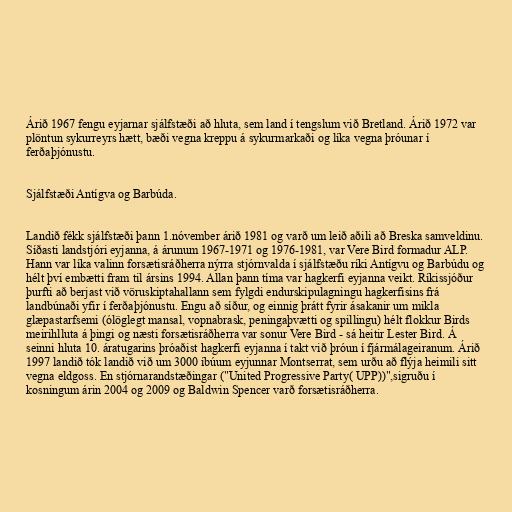
Árið 1967 fengu eyjarnar sjálfstæði að hluta, sem land í tengslum við Bretland. Árið 1972 var
plöntun sykurreyrs hætt, bæði vegna kreppu á sykurmarkaði og líka vegna þróunar í
ferðaþjónustu.

Sjálfstæði Antígva og Barbúda.

Landið fékk sjálfstæði þann 1.nóvember árið 1981 og varð um leið aðili að Breska samveldinu.
Síðasti landstjóri eyjanna, á árunum 1967-1971 og 1976-1981, var Vere Bird formadur ALP.
Hann var líka valinn forsætisráðherra nýrra stjórnvalda í sjálfstæðu ríki Antígvu og Barbúdu og
hélt því embætti fram til ársins 1994. Allan þann tíma var hagkerfi eyjanna veikt. Ríkissjóður
þurfti að berjast við vöruskiptahallann sem fylgdi endurskipulagningu hagkerfisins frá
landbúnaði yfir í ferðaþjónustu. Engu að síður, og einnig þrátt fyrir ásakanir um mikla
glæpastarfsemi (ólöglegt mansal, vopnabrask, peningaþvætti og spillingu) hélt flokkur Birds
meirihlluta á þingi og næsti forsætisráðherra var sonur Vere Bird - sá heitir Lester Bird. Á
seinni hluta 10. áratugarins þróaðist hagkerfi eyjanna í takt við þróun í fjármálageiranum. Árið
1997 landið tók landið við um 3000 íbúum eyjunnar Montserrat, sem urðu að flýja heimili sitt
vegna eldgoss. En stjórnarandstæðingar ("United Progressive Party( UPP))",sigruðu í
kosningum árin 2004 og 2009 og Baldwin Spencer varð forsætisráðherra.